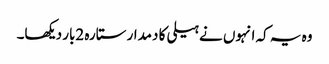
وہ یہ کہ انہوں نے ہیلی کا دمدار ستارہ 2بار دیکھا۔